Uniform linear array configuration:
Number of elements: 4
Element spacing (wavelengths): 0.75
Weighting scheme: kaiser
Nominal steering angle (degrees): -60
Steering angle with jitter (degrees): -59.479
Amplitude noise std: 0.05
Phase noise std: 0.05

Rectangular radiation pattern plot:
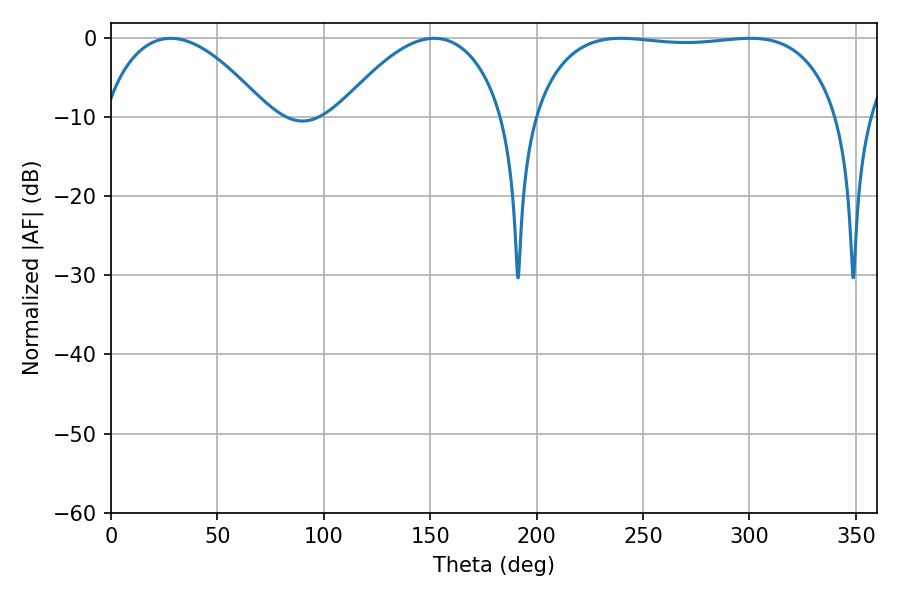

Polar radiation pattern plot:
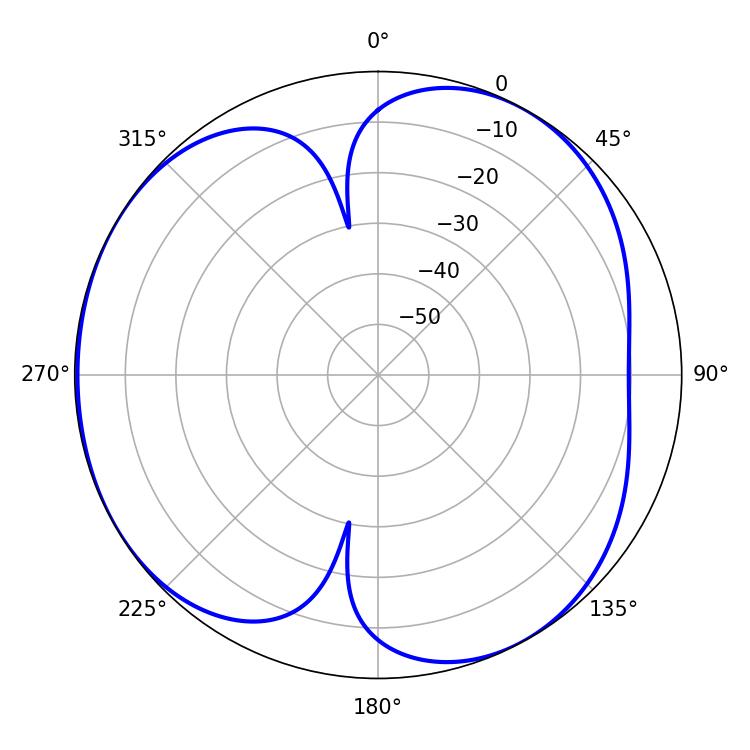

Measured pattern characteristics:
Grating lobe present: TRUE
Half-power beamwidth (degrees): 43.02
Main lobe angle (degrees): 28.08